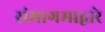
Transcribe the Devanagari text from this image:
संमागमाद्वारे